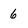
Character: 6